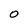
Character: 0